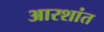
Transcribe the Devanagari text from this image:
आरशांत